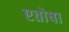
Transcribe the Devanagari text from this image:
एतोषा